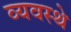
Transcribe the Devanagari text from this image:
व्यवस्थे